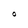
Character: O